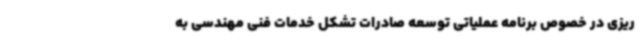
ریزی در خصوص برنامه عملیاتی توسعه صادرات تشکل خدمات فنی مهندسی به